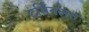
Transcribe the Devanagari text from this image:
टर्मिनलत